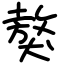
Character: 獒